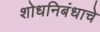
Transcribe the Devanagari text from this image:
शोधनिबंधाचे